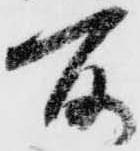
所